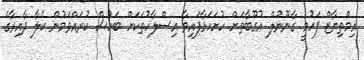
އިމްތިޔާޒް ފަހުމީ ގާނޫނުލް އުގޫބާތަށް ހުށަހަޅާފައިވާ އިސްލާހުތަކަށް ބަހުސް ކުރައްވަމުން ކެލާ ދާއިރާގެ